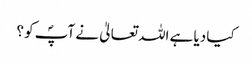
کیا دیا ہے اللہ تعالیٰ نے آپؐ کو ؟